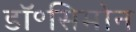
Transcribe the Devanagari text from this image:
डॉ॰सिमोन